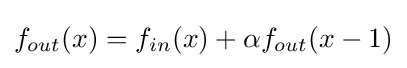
f_{out}(x)=f_{in}(x)+\alpha f_{out}(x-1)